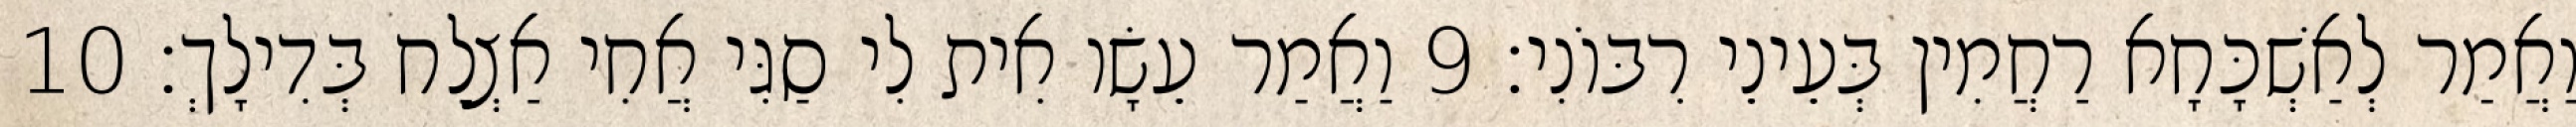
וַאֲמַר לְאַשְׁכָּחָא רַחֲמִין בְּעֵינֵי רִבּוֹנִי׃ 9 וַאֲמַר עֵשָׂו אִית לִי סַגִּי אֲחִי אַצְלַח בְּדִילָךְ׃ 10